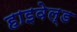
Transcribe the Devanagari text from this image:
हाइवेल्ड